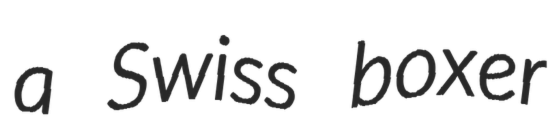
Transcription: a Swiss boxer